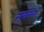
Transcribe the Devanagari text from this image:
न्यूरॉनना